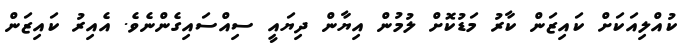
ކުއްލިއަކަށް ކައިޒަން ކާރު މަޑުކޮށް ލުމުން އިޔާން ދިޔައީ ސިއްސައިގެންނެވެ. އެއިރު ކައިޒަން